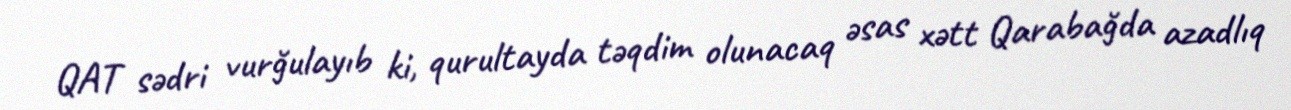
QAT sədri vurğulayıb ki, qurultayda təqdim olunacaq əsas xətt Qarabağda azadlıq